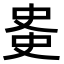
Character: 𫪊